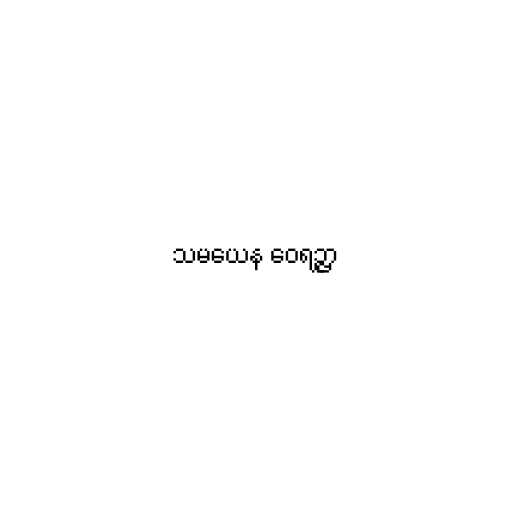
သမယေန ဝေရဉ္ဇာ